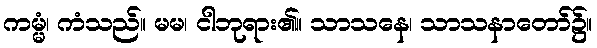
ကမ္မံ၊ ကံသည်။ မမ၊ ငါဘုရား၏။ သာသနေ၊ သာသနာတော်၌။